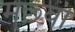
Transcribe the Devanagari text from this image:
मछ्वा